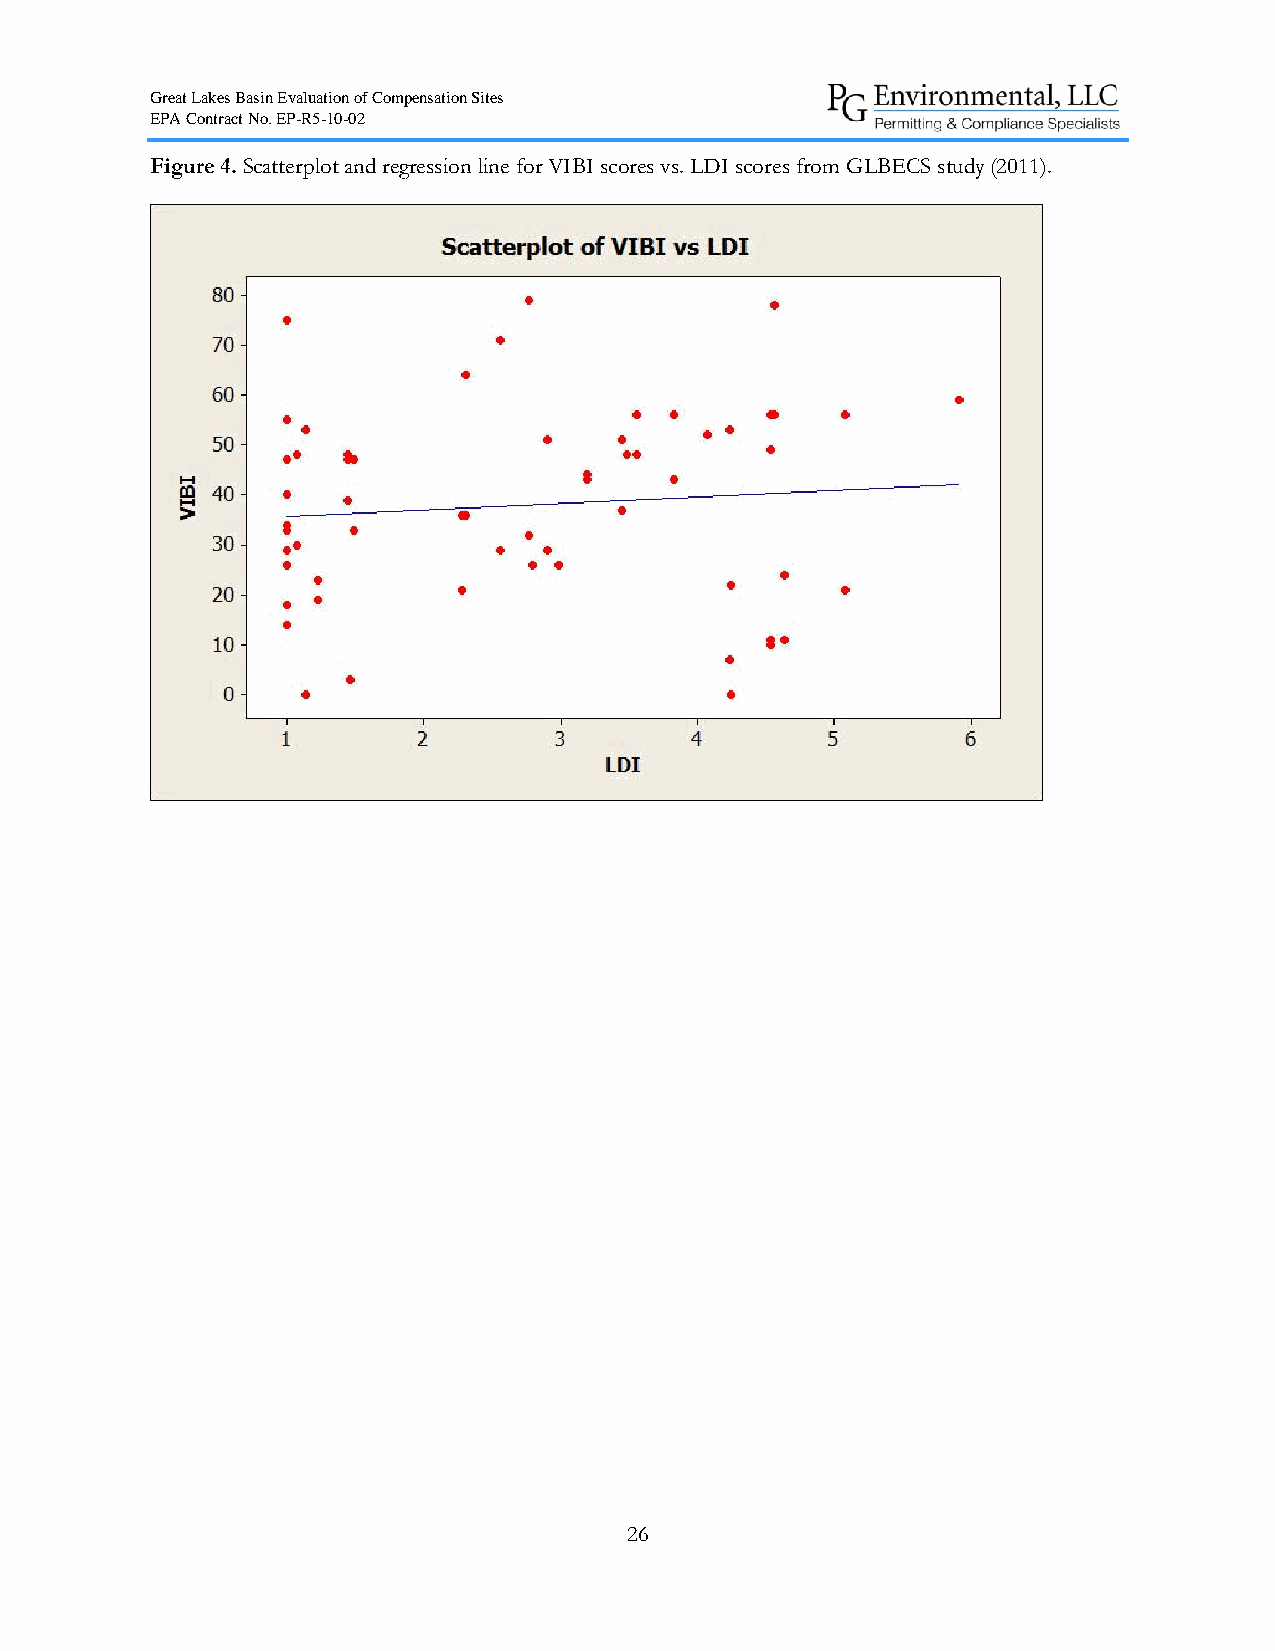
Great Lakes Basin Evaluation of Compensation Sites
 EPA Contract No. EP-R5-10-02
 Figure 4. Scatterplot and regression line for VIBI scores vs. LDI scores from GLBECS study (2011).
 26